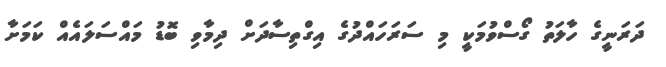
ދަރަނީގެ ހާލަތު ގޯސްވުމަކީ މި ސަރަހައްދުގެ އިގްތިސާދަށް ދިމާވި ބޮޑު މައްސަލައެއް ކަމަށާ